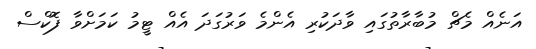
އަނެއް މެޗް މުބާރާތުގައި ވާދަކުރި އެންމެ ވަރުގަދަ އެއް ޓީމު ކަމަށްވާ ފޮކްސް